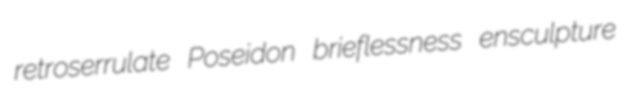
retroserrulate Poseidon brieflessness ensculpture